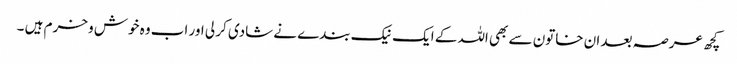
کچھ عرصہ بعد ان خاتون سے بھی اللہ کے ایک نیک بندے نے شادی کر لی اور اب وہ خوش و خرم ہیں ۔